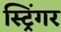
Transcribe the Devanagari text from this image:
स्ट्रिंगर